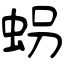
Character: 𧊅